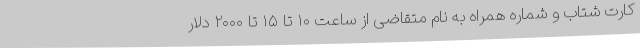
کارت شتاب و شماره همراه به نام متقاضی از ساعت ۱۰ تا ۱۵ تا ۲۰۰۰ دلار